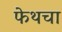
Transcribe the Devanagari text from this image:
फेथचा